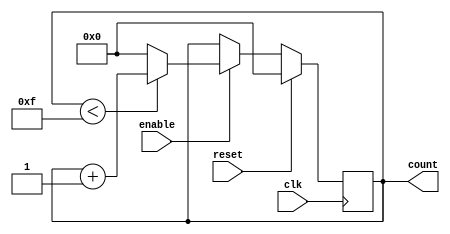
module binary_counter #(
    parameter N = 4  // Number of bits for the counter
)(
    input wire clk,          // Clock signal
    input wire reset,        // Active-high reset signal
    input wire enable,       // Enable signal for counting
    output reg [N-1:0] count // N-bit output for the current count value
);

// Maximum count value
localparam MAX_COUNT = (1 << N) - 1; // 2^N - 1

// Always block for synchronous operations
always @(posedge clk) begin
    if (reset) begin
        // Reset the count to zero
        count <= 0;
    end else if (enable) begin
        // Increment the count if it's less than the maximum
        if (count < MAX_COUNT) begin
            count <= count + 1;
        end else begin
            // Wrap around to zero
            count <= 0;
        end
    end
end

endmodule